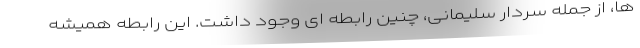
ها، از جمله سردار سلیمانی، چنین رابطه ای وجود داشت. این رابطه همیشه